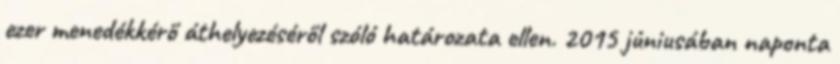
ezer menedékkérő áthelyezéséről szóló határozata ellen. 2015 júniusában naponta